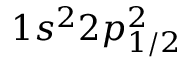
1 s ^ { 2 } 2 p _ { 1 / 2 } ^ { 2 }